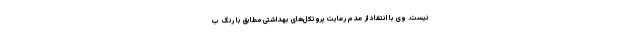
نیست. وی با انتقاد از عدم رعایت پروتکل‌های بهداشتی مطابق با رنگ ب